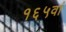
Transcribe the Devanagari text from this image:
१६५वां